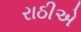
રાઠીએ